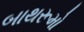
બાથરૂમો